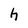
Character: h